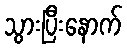
သွားပြီးနောက်